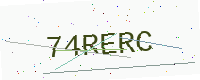
Text: 74RERC